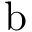
\mathrm { b }